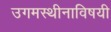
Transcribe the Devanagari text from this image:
उगमस्थीनाविषयी